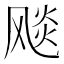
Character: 𩙪